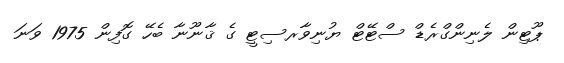
ޕޫޓިން ލެނިންގްރެޑް ސްޓޭޓް ޔުނިވާރސިޓީ ގެ ޤާނޫނާ ބެހޭ ގޮފިން 1975 ވަނަ